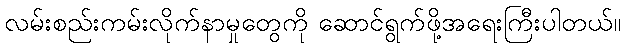
လမ်းစည်းကမ်းလိုက်နာမှုတွေကို ဆောင်ရွက်ဖို့အရေးကြီးပါတယ်။